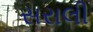
સરાલી